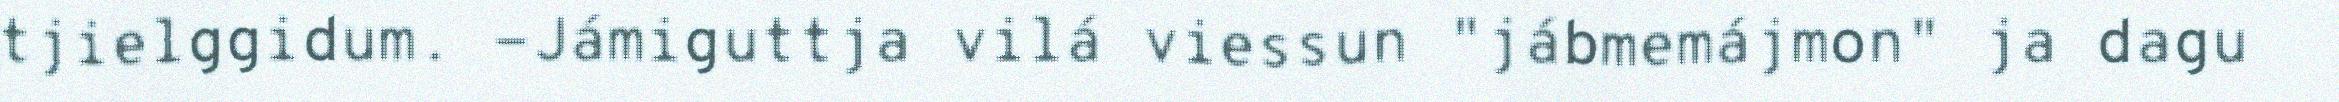
tjielggidum. -Jámiguttja vilá viessun "jábmemájmon" ja dagu